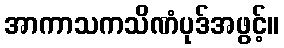
အာကာသကသိဏံပုဒ်အဖွင့်။